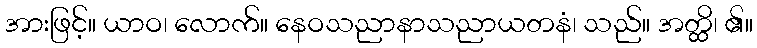
အားဖြင့်။ ယာဝ၊ လောက်။ နေဝသညာနာသညာယတနံ၊ သည်။ အတ္ထိ၊ ၏။